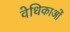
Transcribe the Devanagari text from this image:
वेधिकाओं